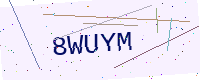
Text: 8WUYM